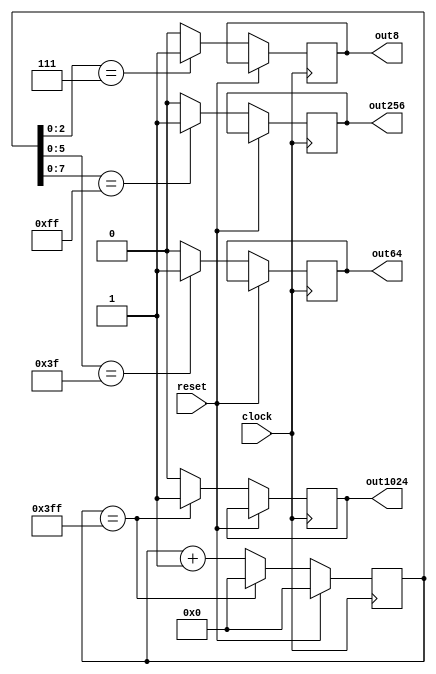
module prescaler(
	input clock,
	input reset,
	output reg out8,
	output reg out64,
	output reg out256,
	output reg out1024
);

reg [9:0] ctr1024;

always@(posedge clock) begin
	if (reset) begin
		//set certain values to 0
		ctr1024 <= 10'd0;
	end
	else begin
		if (ctr1024[2:0] == 3'b111)
			out8 <= 1'b1;
		else
			out8 <= 1'b0;
		if (ctr1024[5:0] == 6'b111111)
			out64 <= 1'b1;
		else
			out64 <= 1'b0;
		if (ctr1024[7:0] == 8'b11111111)
			out256 <= 1'b1;
		else
			out256 <= 1'b0;
		if (ctr1024[9:0] == 10'b1111111111)
		begin
			out1024 <= 1'b1;
			ctr1024 <= 10'd0;
		end
		else
		begin
			out1024 <= 1'b0;
			ctr1024 <= ctr1024 + 1'b1;
		end
	end
end

endmodule